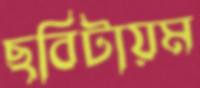
ছবিটায়ম